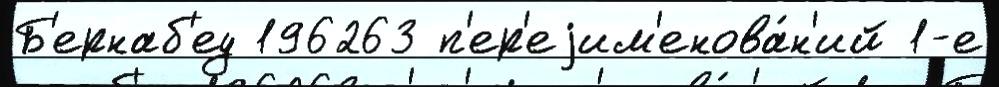
Б'ернаб'еу 196263 п'ер'еjим'енова́н'ий 1-е